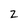
Character: z